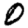
Digit: 0